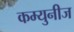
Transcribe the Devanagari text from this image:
कम्युनीज